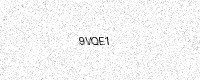
Text: 9VQE1